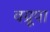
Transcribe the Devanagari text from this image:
वग्रूपा